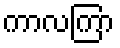
ကာလကြာ